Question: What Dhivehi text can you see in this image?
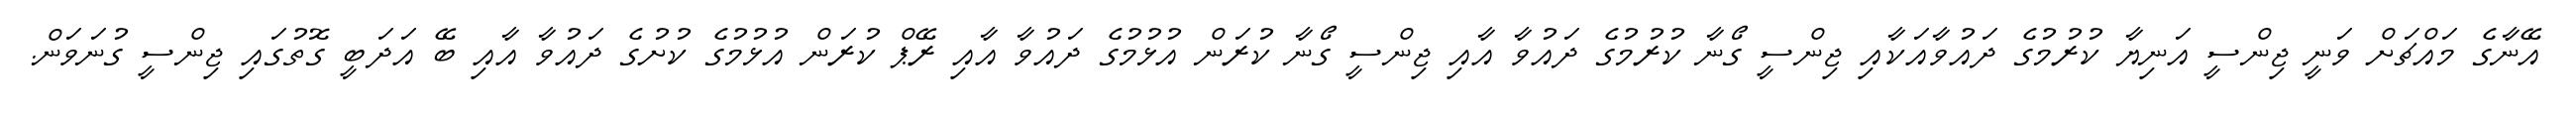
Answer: އޭނާގެ މައްޗަށް ވަނީ ޖިންސީ އަނިޔާ ކުރުމުގެ ދައުވާއަކާއި ޖިންސީ ގޯނާ ކުރުމުގެ ދައުވާ އާއި ޖިންސީ ގޯނާ ކުރަން އުޅުމުގެ ދައުވާ އާއި ރޭޕް ކުރަން އުޅުމުގެ ކުށުގެ ދައުވާ އާއި ބޭ އަދަބީ ގޮތުގައި ޖިންސީ ގުނަވަން.